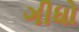
ગીધો